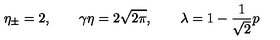
\eta _ { \pm } = 2 , \qquad \gamma \eta = 2 \sqrt { 2 \pi } , \qquad \lambda = 1 - \frac { 1 } { \sqrt { 2 } } p